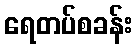
ရေတပ်စခန်း